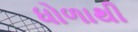
ધોળાથી